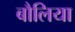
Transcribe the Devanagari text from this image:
बौलिया